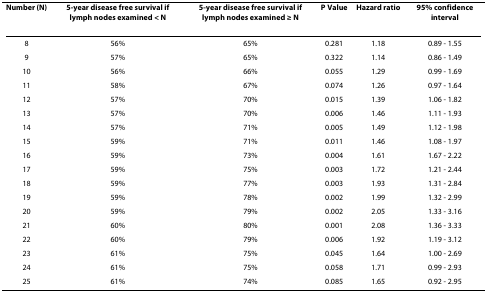
<table><thead><tr><td><b>Number (N)</b></td><td><b>5-year disease free survival if lymph nodes examined &lt; N</b></td><td><b>5-year disease free survival if lymph nodes examined ≥ N</b></td><td><b>P Value</b></td><td><b>Hazard ratio</b></td><td><b>95% confidence interval</b></td></tr></thead><tbody><tr><td>8</td><td>56%</td><td>65%</td><td>0.281</td><td>1.18</td><td>0.89 - 1.55</td></tr><tr><td>9</td><td>57%</td><td>65%</td><td>0.322</td><td>1.14</td><td>0.86 - 1.49</td></tr><tr><td>10</td><td>56%</td><td>66%</td><td>0.055</td><td>1.29</td><td>0.99 - 1.69</td></tr><tr><td>11</td><td>58%</td><td>67%</td><td>0.074</td><td>1.26</td><td>0.97 - 1.64</td></tr><tr><td>12</td><td>57%</td><td>70%</td><td>0.015</td><td>1.39</td><td>1.06 - 1.82</td></tr><tr><td>13</td><td>57%</td><td>70%</td><td>0.006</td><td>1.46</td><td>1.11 - 1.93</td></tr><tr><td>14</td><td>57%</td><td>71%</td><td>0.005</td><td>1.49</td><td>1.12 - 1.98</td></tr><tr><td>15</td><td>59%</td><td>71%</td><td>0.011</td><td>1.46</td><td>1.08 - 1.97</td></tr><tr><td>16</td><td>59%</td><td>73%</td><td>0.004</td><td>1.61</td><td>1.67 - 2.22</td></tr><tr><td>17</td><td>59%</td><td>75%</td><td>0.003</td><td>1.72</td><td>1.21 - 2.44</td></tr><tr><td>18</td><td>59%</td><td>77%</td><td>0.003</td><td>1.93</td><td>1.31 - 2.84</td></tr><tr><td>19</td><td>59%</td><td>78%</td><td>0.002</td><td>1.99</td><td>1.32 - 2.99</td></tr><tr><td>20</td><td>59%</td><td>79%</td><td>0.002</td><td>2.05</td><td>1.33 - 3.16</td></tr><tr><td>21</td><td>60%</td><td>80%</td><td>0.001</td><td>2.08</td><td>1.36 - 3.33</td></tr><tr><td>22</td><td>60%</td><td>79%</td><td>0.006</td><td>1.92</td><td>1.19 - 3.12</td></tr><tr><td>23</td><td>61%</td><td>75%</td><td>0.045</td><td>1.64</td><td>1.00 - 2.69</td></tr><tr><td>24</td><td>61%</td><td>75%</td><td>0.058</td><td>1.71</td><td>0.99 - 2.93</td></tr><tr><td>25</td><td>61%</td><td>74%</td><td>0.085</td><td>1.65</td><td>0.92 - 2.95</td></tr></tbody></table>